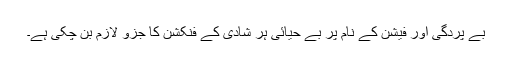
بے پردگی اور فیشن کے نام پر بے حیائی ہر شادی کے فنکشن کا جزو لازم بن چکی ہے۔